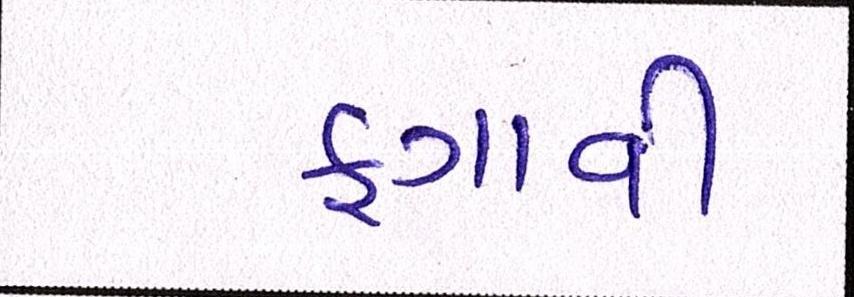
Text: ફગાવી